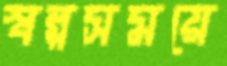
স্বল্পসময়ে